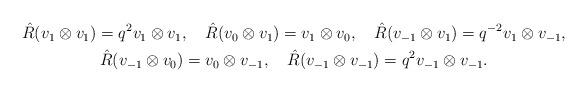
LaTeX: \begin{align*}\begin{gathered}\hat{R}(v_{1}\otimes v_{1})=q^{2}v_{1}\otimes v_{1},\quad\hat{R}(v_{0}\otimes v_{1})=v_{1}\otimes v_{0},\quad\hat{R}(v_{-1}\otimes v_{1})=q^{-2}v_{1}\otimes v_{-1},\\\hat{R}(v_{-1}\otimes v_{0})=v_{0}\otimes v_{-1},\quad\hat{R}(v_{-1}\otimes v_{-1})=q^{2}v_{-1}\otimes v_{-1}.\end{gathered}\end{align*}